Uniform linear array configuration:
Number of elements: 24
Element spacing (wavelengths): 0.75
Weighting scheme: hamming
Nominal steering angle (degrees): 60
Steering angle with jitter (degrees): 59.85
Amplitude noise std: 0.05
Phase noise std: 0.05

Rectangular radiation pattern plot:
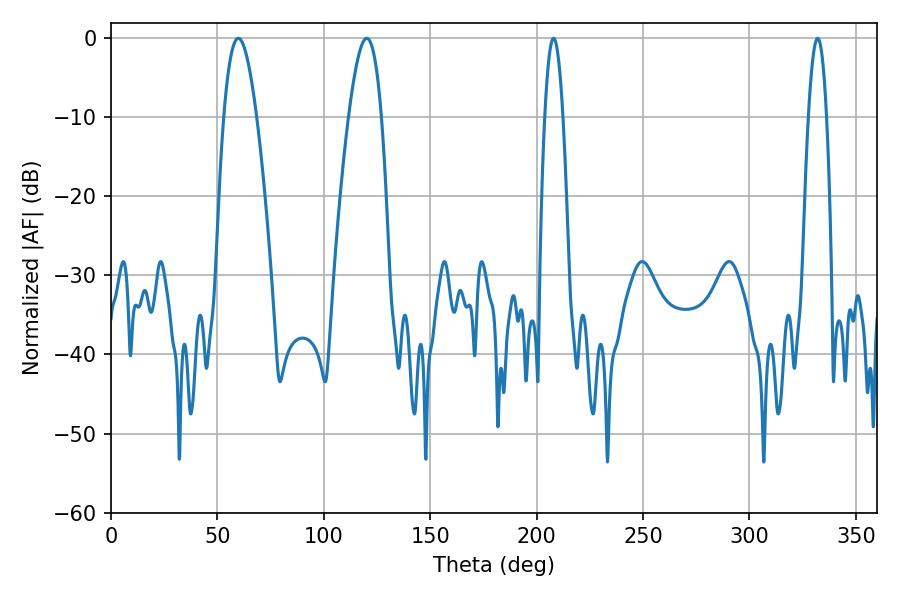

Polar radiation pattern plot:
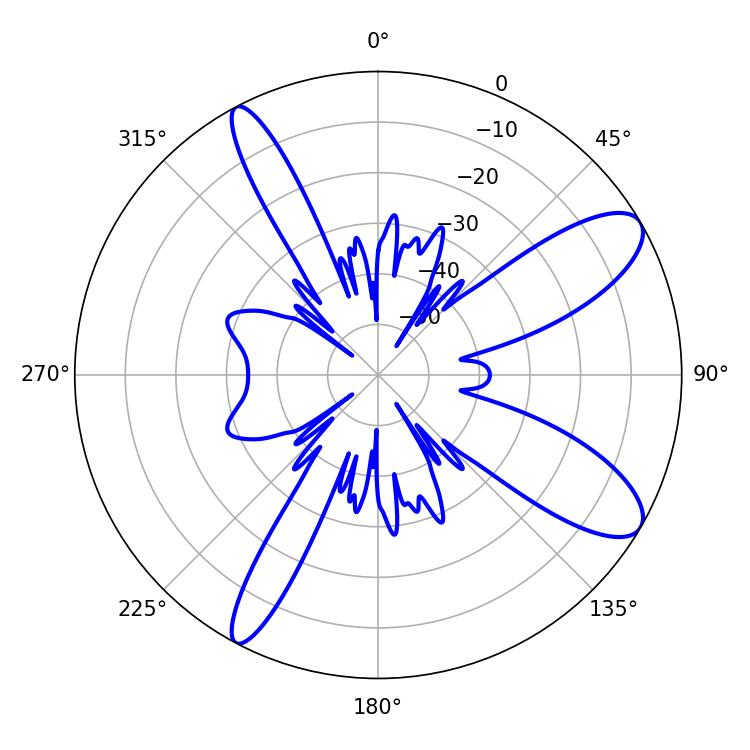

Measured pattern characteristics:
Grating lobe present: TRUE
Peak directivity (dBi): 10.19
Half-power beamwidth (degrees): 8.28
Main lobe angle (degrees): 59.76